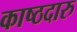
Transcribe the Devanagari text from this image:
काष्ठदारु